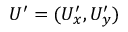
U ^ { \prime } = ( U _ { x } ^ { \prime } , U _ { y } ^ { \prime } )